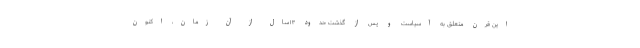
این قرن متعلق به آسیاست و پس از گذشت حدود ۱۳سال از آن زمان، اکنون